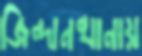
জিন্দানখানায়